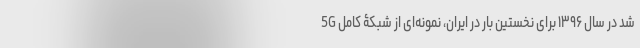
شد در سال ۱۳۹۶ برای نخستین بار در ایران، نمونه‌ای از شبکۀ کامل 5G